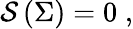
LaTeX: \mathcal{S}\left(\Sigma\right)=0\; ,